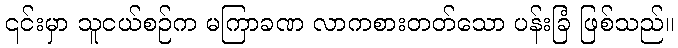
၎င်းမှာ သူငယ်စဉ်က မကြာခဏ လာကစားတတ်သော ပန်းခြံ ဖြစ်သည်။